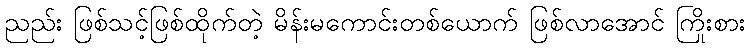
ညည်း ဖြစ်သင့်ဖြစ်ထိုက်တဲ့ မိန်းမကောင်းတစ်ယောက် ဖြစ်လာအောင် ကြိုးစား